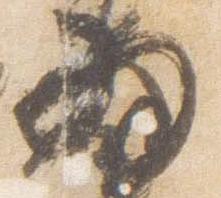
為